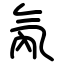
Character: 氝